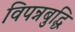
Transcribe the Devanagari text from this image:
विपन्नबुद्धि